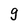
Character: g